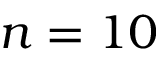
n = 1 0